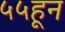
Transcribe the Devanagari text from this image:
५५हून